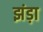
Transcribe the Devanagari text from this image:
झंड़ा